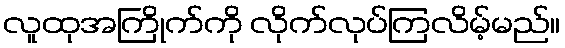
လူထုအကြိုက်ကို လိုက်လုပ်ကြလိမ့်မည်။